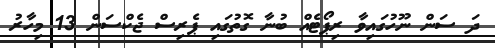
ދަ ސަން ނޫހުގައިވާ ރިޕޯޓެއް ބުނާ ގޮތުގައި ޕެރިސް ޖެކްސަން 13 މިހާރު